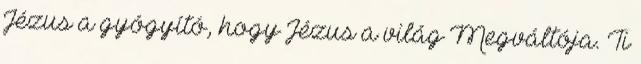
Jézus a gyógyító, hogy Jézus a világ Megváltója. Ti